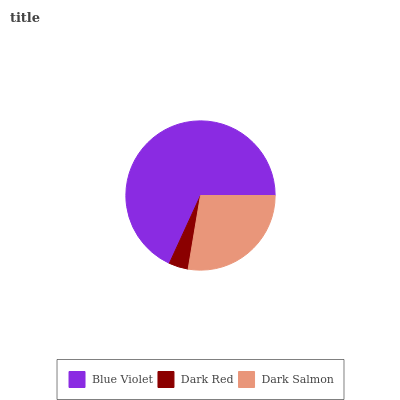
| Blue Violet | Dark Red | Dark Salmon |
 | --- | --- | --- |
 | 68.1% | 4.2% | 27.7% |